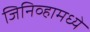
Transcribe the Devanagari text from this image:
जिनिव्हामध्ये